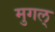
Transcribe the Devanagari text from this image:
मुगल्